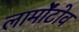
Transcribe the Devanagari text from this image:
लार्मोंटोव